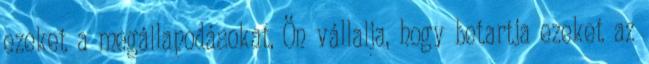
ezeket a megállapodásokat. Ön vállalja, hogy betartja ezeket az